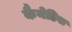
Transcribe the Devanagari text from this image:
कैनेडिस